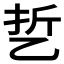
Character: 乴